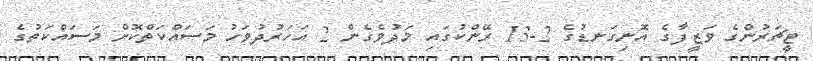
ޓީޗަރުންގެ ވަޒީފާގެ އޮނިގަނޑުގެ 2-13 ރޭންކުގައި މަދުވެގެން 2 އަހަރުދުވަހު މަސައްކަތްކޮށް މަސައްކަތުގެ